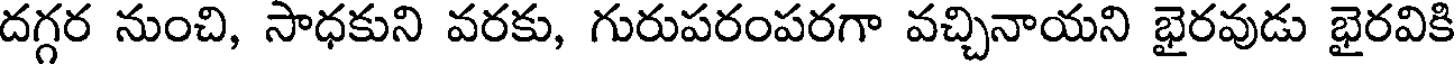
దగ్గర నుంచి, సాధకుని వరకు, గురుపరంపరగా వచ్చినాయని భైరవుడు భైరవికి